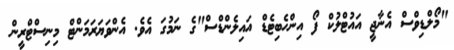
"މޯލްޑިވްސް އެނާޖީ އައުޓްލުކް ފޯ އިންހެބިޓެޑް އައިލެންޑްސް"ގެ ނަމުގަ އެވެ. އެންވަޔަރަމަންޓް މިނިސްޓްރީން